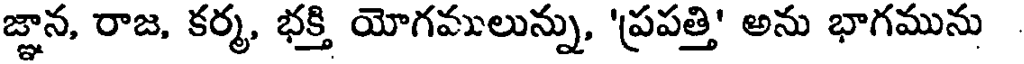
జ్ఞాన, రాజ, కర్మ, భక్తి యోగములున్ను, 'ప్రపత్తి' అను భాగమును